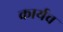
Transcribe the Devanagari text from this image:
कार्यच